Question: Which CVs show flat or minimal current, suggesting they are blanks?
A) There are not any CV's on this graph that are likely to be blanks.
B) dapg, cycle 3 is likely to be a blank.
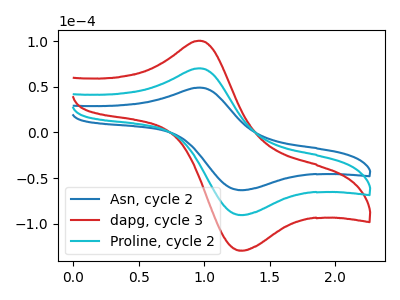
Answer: <think>The blue curve "Asn, cycle 2" has an anodic peak at (0.95V, 49.05uA) and a cathodic peak at (1.30V, -63.15uA). The red curve "dapg, cycle 3" has an anodic peak at (0.95V, 140.35uA) and a cathodic peak at (1.30V, -180.75uA). The cyan curve "Proline, cycle 2" has an anodic peak at (0.95V, 70.20uA) and a cathodic peak at (1.30V, -90.35uA).</think>
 <answer>A) There are not any CV's on this graph that are likely to be blanks.</answer>
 <eval>A</eval>